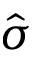
\hat { \sigma }